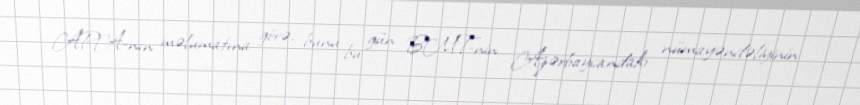
APA-nın məlumatına görə, bunu bu gün BMT-nin Azərbaycandakı nümayəndəliyinin